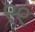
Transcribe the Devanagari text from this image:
९९